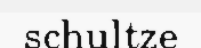
schultze